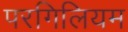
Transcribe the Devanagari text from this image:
परगिलियम